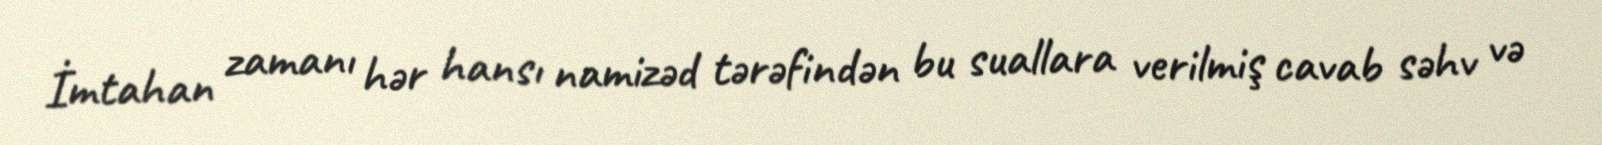
İmtahan zamanı hər hansı namizəd tərəfindən bu suallara verilmiş cavab səhv və